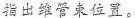
指出维管束位置。